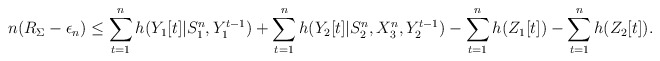
\begin{align*} n(R_\Sigma-\epsilon_n)&\leq \sum_{t=1}^nh(Y_{1}[t]|S_1^{n},Y_1^{t-1})+\sum_{t=1}^nh(Y_{2}[t]|S_2^{n},X_{3}^{n},Y_2^{t-1})-\sum_{t=1}^nh(Z_{1}[t])-\sum_{t=1}^nh(Z_{2}[t]).\end{align*}